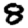
Digit: 8